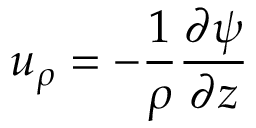
u _ { \rho } = - \frac { 1 } { \rho } \frac { \partial \psi } { \partial z }